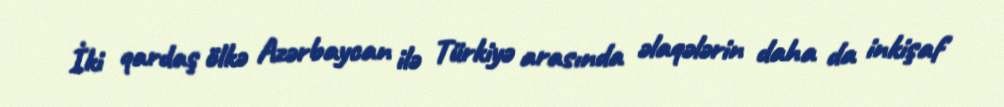
İki qardaş ölkə Azərbaycan ilə Türkiyə arasında əlaqələrin daha da inkişaf